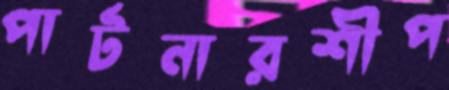
পার্টনারশীপ